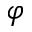
\varphi